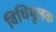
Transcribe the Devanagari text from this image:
विधिमूलक